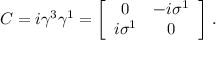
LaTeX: C = i \gamma ^ { 3 } \gamma ^ { 1 } = \left[ \begin{array} { c c } { { 0 } } & { { - i \sigma ^ { 1 } } } \\ { { i \sigma ^ { 1 } } } & { { 0 } } \end{array} \right] \, .